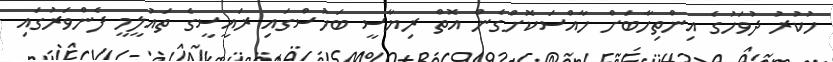
ހުކުރު ދުވަހުގެ އިންތިހާބަށް ހާއްސަކޮށްގެން އޮތް ރިޔާސީ ބަހުސްގައި ރައީސީގެ ތައުލީމީ ފެންވަރުގައި